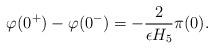
LaTeX: \begin{align*}\varphi(0^+)-\varphi(0^-) = -{2 \over \epsilon H_5} \pi(0). \end{align*}